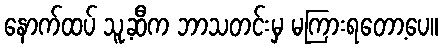
နောက်ထပ် သူ့ဆီက ဘာသတင်းမှ မကြားရတော့ပေ။